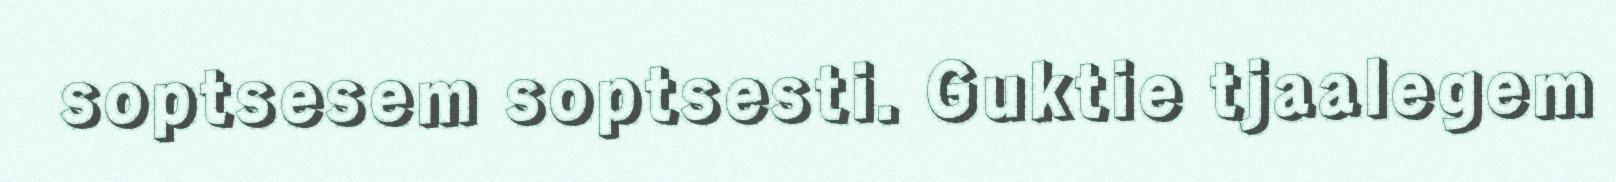
soptsesem soptsesti. Guktie tjaalegem